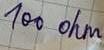
Text: 100 ohm